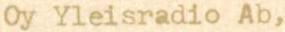
Oy Yleisradio Ab,